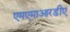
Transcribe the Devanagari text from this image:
एमएमाआरडीए